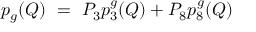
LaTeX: p _ { g } ( Q ) \ = \ P _ { 3 } p _ { 3 } ^ { g } ( Q ) + P _ { 8 } p _ { 8 } ^ { g } ( Q )